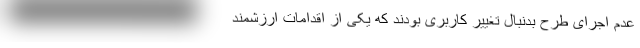
عدم اجرای طرح بدنبال تغییر کاربری بودند که یکی از اقدامات ارزشمند